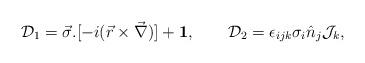
LaTeX: \begin{align*}{\cal D}_1 = \vec{\sigma}. [-i(\vec{r} \times \vec{\nabla})] + {\bf1},\qquad {\cal D}_2 = \epsilon_{ijk}\sigma_i \hat{n}_j {\cal J}_k,\end{align*}